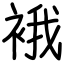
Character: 𧚄